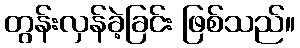
တွန်းလှန်ခဲ့ခြင်း ဖြစ်သည်။